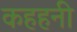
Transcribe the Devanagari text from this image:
कहहनी